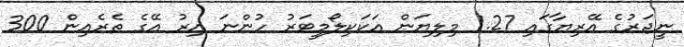
ނީޖަރުގެ އޭރިޔާގައި 1.27 މިލިޔަން އަކަކިލޯމީޓަރު ހުންނަ އިރު އޭގެ ތެރެއިން 300